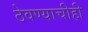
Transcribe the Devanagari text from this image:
ठेवण्याचीही